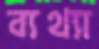
ব্যথ্যা